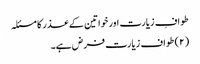
طوافِ زیارت اور خواتین کے عذر کا مسئلہ
(۲) طواف زیارت فرض ہے۔